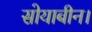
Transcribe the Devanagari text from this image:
सोयाबीन।